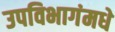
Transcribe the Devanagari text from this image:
उपविभागंमधे